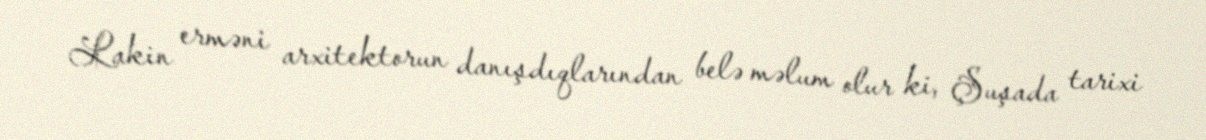
Lakin erməni arxitektorun danışdıqlarından belə məlum olur ki, Şuşada tarixi